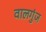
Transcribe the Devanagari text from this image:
वालगुंज